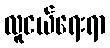
လူငယ်ရေးရာ